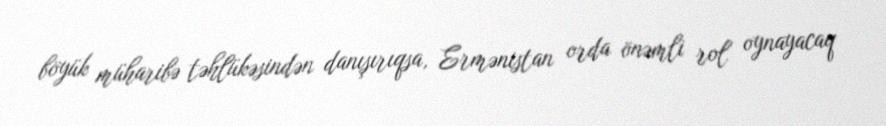
böyük müharibə təhlükəsindən danışırıqsa, Ermənistan orda önəmli rol oynayacaq